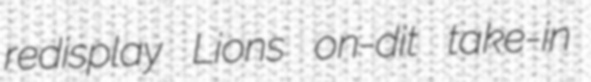
redisplay Lions on-dit take-in